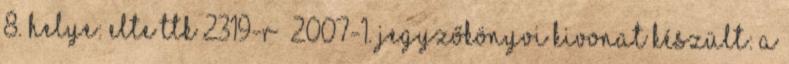
8. helye: ELTE TTK 2319-R 2007-1. JEGYZŐKÖNYVI KIVONAT KÉSZÜLT: a